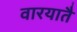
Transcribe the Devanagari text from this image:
वारयातै